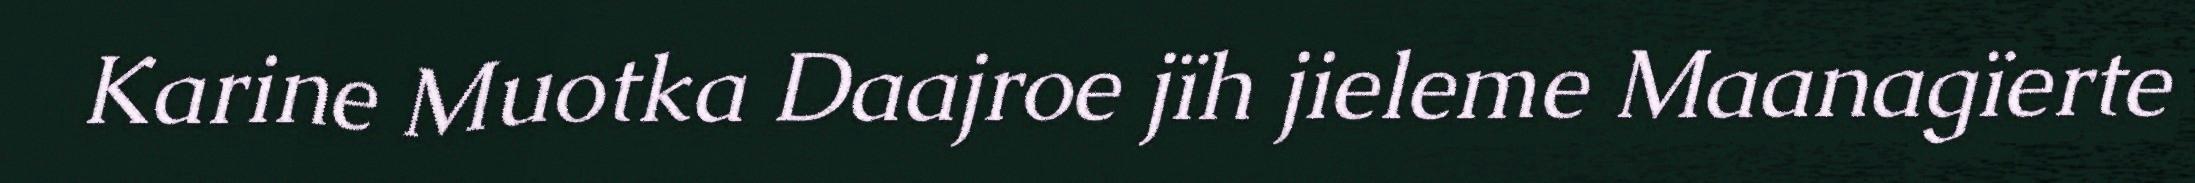
Karine Muotka Daajroe jïh jieleme Maanagïerte